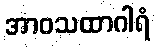
အာဝသထာဂါရံ